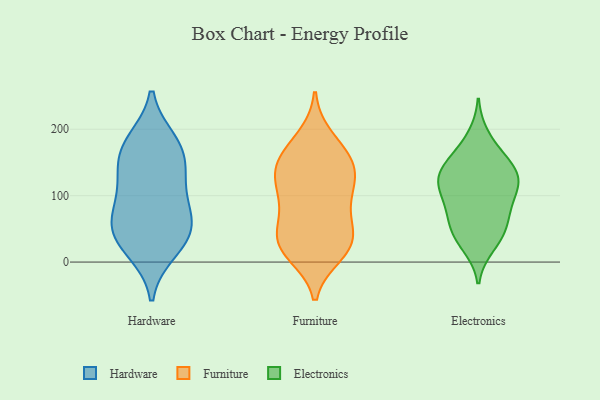
{"axis": {"x": "Conversion Rate (%)", "y": "Value"}, "legend": ["Electronics", "Furniture", "Hardware"], "data": [{"x": "", "y": 60, "type": "Hardware"}, {"x": "", "y": 142, "type": "Hardware"}, {"x": "", "y": 42, "type": "Hardware"}, {"x": "", "y": 173, "type": "Hardware"}, {"x": "", "y": 124, "type": "Hardware"}, {"x": "", "y": 30, "type": "Hardware"}, {"x": "", "y": 106, "type": "Hardware"}, {"x": "", "y": 73, "type": "Hardware"}, {"x": "", "y": 59, "type": "Hardware"}, {"x": "", "y": 18, "type": "Hardware"}, {"x": "", "y": 169, "type": "Hardware"}, {"x": "", "y": 181, "type": "Hardware"}, {"x": "", "y": 22, "type": "Furniture"}, {"x": "", "y": 31, "type": "Furniture"}, {"x": "", "y": 102, "type": "Furniture"}, {"x": "", "y": 186, "type": "Furniture"}, {"x": "", "y": 108, "type": "Furniture"}, {"x": "", "y": 156, "type": "Furniture"}, {"x": "", "y": 41, "type": "Furniture"}, {"x": "", "y": 146, "type": "Furniture"}, {"x": "", "y": 77, "type": "Furniture"}, {"x": "", "y": 168, "type": "Furniture"}, {"x": "", "y": 13, "type": "Furniture"}, {"x": "", "y": 28, "type": "Furniture"}, {"x": "", "y": 27, "type": "Furniture"}, {"x": "", "y": 70, "type": "Furniture"}, {"x": "", "y": 144, "type": "Furniture"}, {"x": "", "y": 122, "type": "Furniture"}, {"x": "", "y": 132, "type": "Furniture"}, {"x": "", "y": 149, "type": "Electronics"}, {"x": "", "y": 52, "type": "Electronics"}, {"x": "", "y": 31, "type": "Electronics"}, {"x": "", "y": 190, "type": "Electronics"}, {"x": "", "y": 151, "type": "Electronics"}, {"x": "", "y": 119, "type": "Electronics"}, {"x": "", "y": 130, "type": "Electronics"}, {"x": "", "y": 91, "type": "Electronics"}, {"x": "", "y": 63, "type": "Electronics"}, {"x": "", "y": 121, "type": "Electronics"}, {"x": "", "y": 93, "type": "Electronics"}, {"x": "", "y": 117, "type": "Electronics"}, {"x": "", "y": 24, "type": "Electronics"}, {"x": "", "y": 64, "type": "Electronics"}, {"x": "", "y": 169, "type": "Electronics"}, {"x": "", "y": 43, "type": "Electronics"}, {"x": "", "y": 135, "type": "Electronics"}, {"x": "", "y": 91, "type": "Electronics"}, {"x": "", "y": 130, "type": "Electronics"}]}